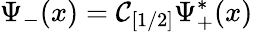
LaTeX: \Psi_{-}(x)={\cal\mathcal{C}}_{[1/2]}\Psi_{+}^{\ast}(x)